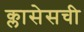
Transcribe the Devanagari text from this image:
क्लासेसची